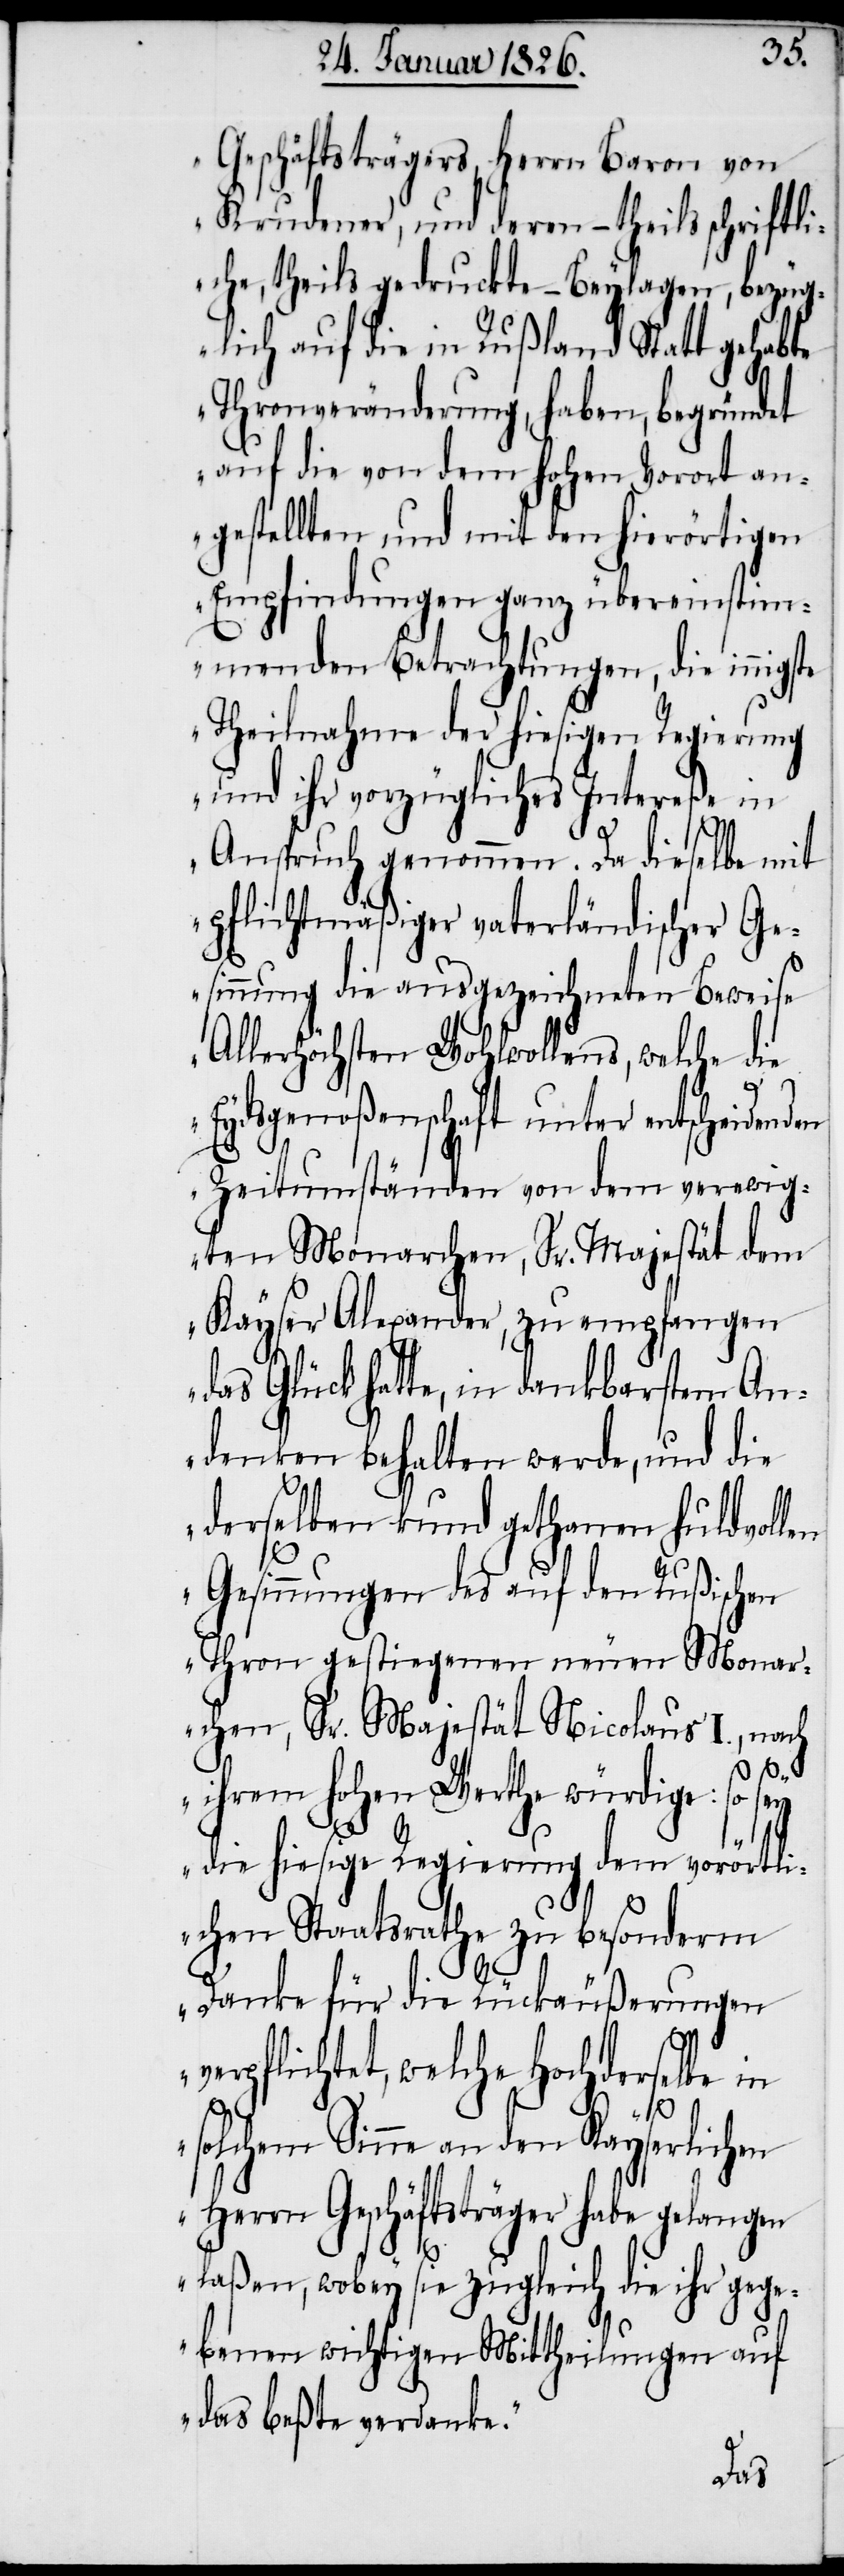
Geschäftsträgers, Herrn Baron von
Krudener, und deren – theils schriftl¬
iche, theils gedruckte – Beylagen, bezüg¬
lich auf die in Rußland Statt gehabte
Thronveränderung, haben, begründet
auf die von dem hohen Vorort an¬
gestellten, und mit den hierörtigen
Empfindungen ganz übereinstim¬
menden Betrachtungen, die innigste
Theilnahme der hiesigen Regierung
und ihr vorzügliches Intereße in
Anspruch genommen. Da dieselbe mit
pflichtmäßiger vaterländischer Ge¬
sinnung die ausgezeichneten Beweise
Allerhöchsten Wohlwollens, welche die
den
Eydsgenoßenschaft unter entscheiden¬
Zeitumständen von dem verewig¬
ten Monarchen, Sr. Majestät dem
Kayser Alexander, zu empfangen
das Glück hatte, in dankbarstem An¬
denken behalten werde, und die
derselben kund gethanen huldvollen
v¬
Gesinnungen des auf den Rußischen
Thron gestiegenen neuen Monar¬
chen, Sr. Majestät Nicolaus I., nach
ihrem hohen Werthe würdige: so sey
die hiesige Regierung dem vorörtl¬
ichen Staatsrathe zu besonderm
Danke für die Rückäußerungen
erpflichtet, welche Hochderselbe
solchem Sinne an den Kayserlichen
Herrn Geschäftsträger habe gelangen
laßen, wobey sie zugleich die ihr gege¬
benen wichtigen Mittheilung auf
das beßte verdanke.“